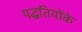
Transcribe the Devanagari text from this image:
पद्धतियोंके